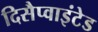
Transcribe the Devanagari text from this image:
दिसैप्वाइंटेड